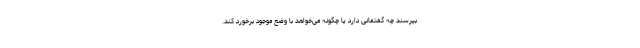
بپرسند چه گفتمانی دارد یا چگونه می‌خواهد با وضع موجود برخورد کند.